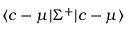
\langle c - \mu | \Sigma ^ { + } | c - \mu \rangle